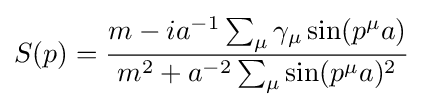
S(p)={\frac {m-ia^{-1}\sum _{\mu }\gamma _{\mu }\sin(p^{\mu }a)}{m^{2}+a^{-2}\sum _{\mu }\sin(p^{\mu }a)^{2}}}